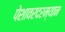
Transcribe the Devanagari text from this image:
पेशावरदरम्यान